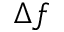
\Delta f